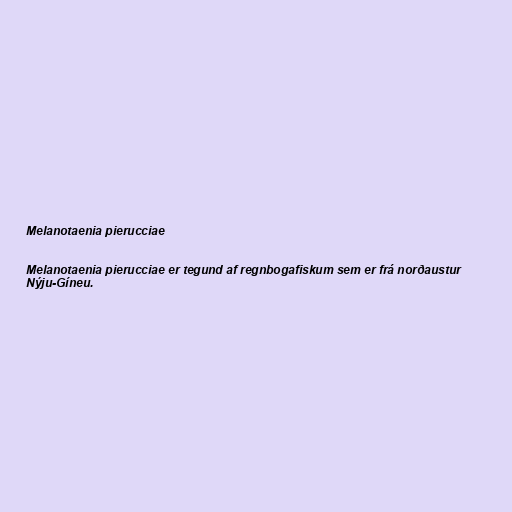
Melanotaenia pierucciae

Melanotaenia pierucciae er tegund af regnbogafiskum sem er frá norðaustur
Nýju-Gíneu.